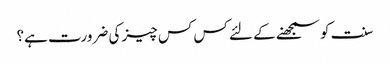
سنت کو سمجھنے کے لئے کس کس چیز کی ضرورت ہے؟